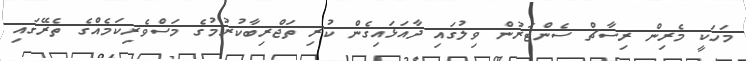
މަހަކީ މެރިން ރިސާޗް ސެންޓަރުން ވިލުގައި ދާއަޅައިގެން ކުރި ތަޖްރިބާކުރުމުގެ މަސްވެރިކަމެއްގެ ތެރޭގައި